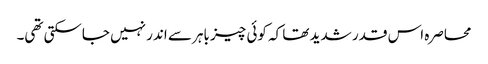
محاصرہ اس قدر شدید تھا کہ کوئی چیز باہر سے اندر نہیں جاسکتی تھی۔